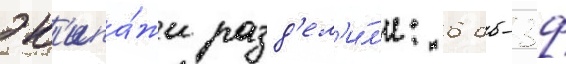
эк'ипа́жи разд'ел'и́л'и: 6 дб-3ф